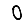
Digit: 0